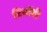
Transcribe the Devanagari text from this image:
टिमॉथी